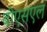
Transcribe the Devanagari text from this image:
बीएसएल